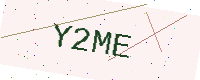
Text: Y2ME